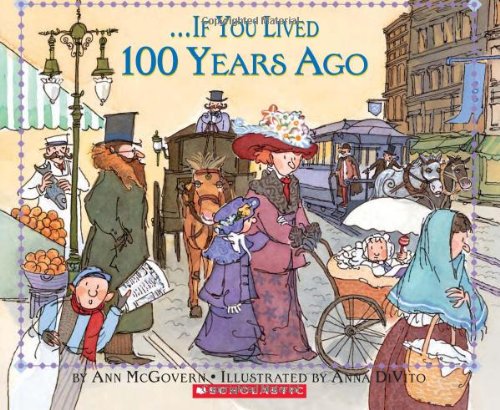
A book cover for If You Lived 100 Years Ago; Ann Mcgovern; Children's Books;